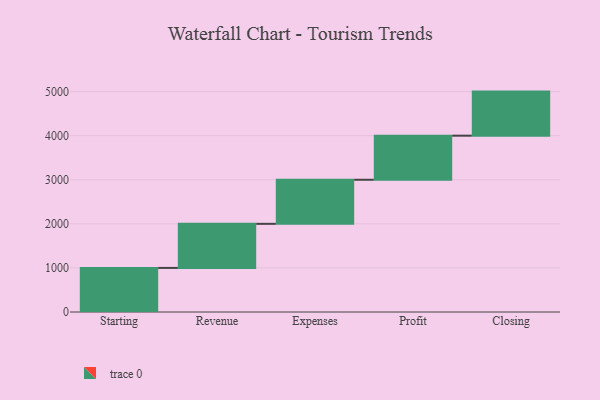
{"axis": {"x": "Step", "y": "Value"}, "legend": [""], "data": [{"x": "Starting", "y": 1000, "type": ""}, {"x": "Revenue", "y": 1000, "type": ""}, {"x": "Expenses", "y": 1000, "type": ""}, {"x": "Profit", "y": 1000, "type": ""}, {"x": "Closing", "y": 1000, "type": ""}]}